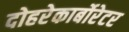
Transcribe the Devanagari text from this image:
दोहरेकार्बोरेटर